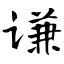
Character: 谦